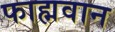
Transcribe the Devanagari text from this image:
फाह्मवान